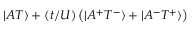
| A T \rangle + ( t / U ) \left( | A ^ { + } T ^ { - } \rangle + | A ^ { - } T ^ { + } \rangle \right)